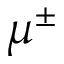
\mu ^ { \pm }